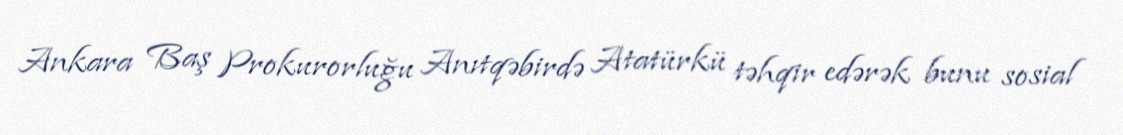
Ankara Baş Prokurorluğu Anıtqəbirdə Atatürkü təhqir edərək bunu sosial